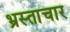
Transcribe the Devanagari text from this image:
भ्रस्ताचार